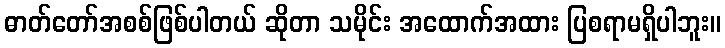
ဓာတ်တော်အစစ်ဖြစ်ပါတယ် ဆိုတာ သမိုင်း အထောက်အထား ပြစရာမရှိပါဘူး။